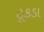
ટૂકડા